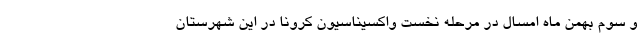
و سوم بهمن ماه امسال در مرحله نخست واکسیناسیون کرونا در این شهرستان